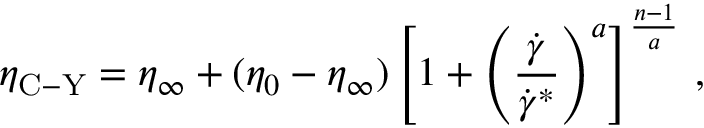
\eta _ { \mathrm { C - Y } } = \eta _ { \infty } + ( \eta _ { 0 } - \eta _ { \infty } ) \left[ 1 + \left( \frac { \Dot { \gamma } } { \Dot { \gamma } ^ { * } } \right) ^ { a } \right] ^ { \frac { n - 1 } { a } } \, ,